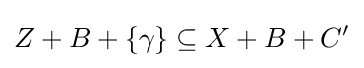
Z+B+\{\gamma \}\subseteq X+B+C'